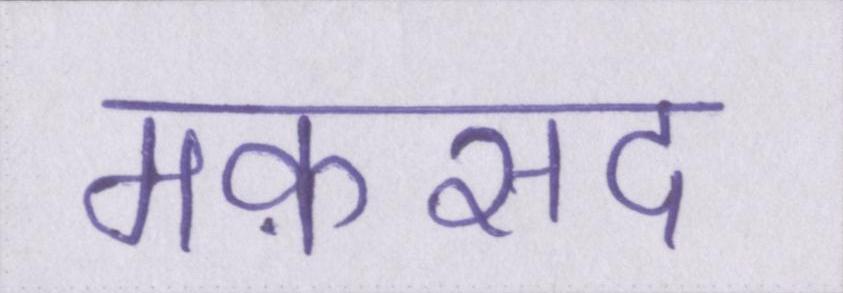
मक़सद